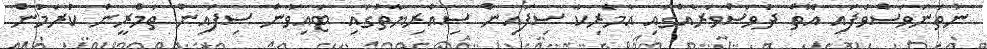
ނުތަނަވަސްވެފައި އޮތް ދުވަސްވަރެއްގައި އެމެރިކާ ސިފައިން ސިއްރިޔާތުގައި ޓައިވާން ސިފައިން ތަމްރީން ކުރަމުން